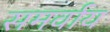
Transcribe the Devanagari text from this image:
समर्वाय